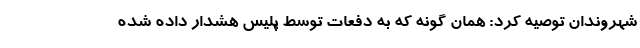
شهروندان توصیه کرد: همان گونه که به دفعات توسط پلیس هشدار داده شده